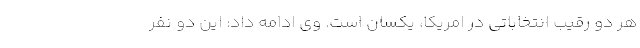
هر دو رقیب انتخاباتی در امریکا، یکسان است. وی ادامه داد: این دو نفر